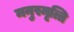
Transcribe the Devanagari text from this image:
मनुस्मृत्ति